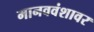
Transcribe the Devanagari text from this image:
मानववंशावर